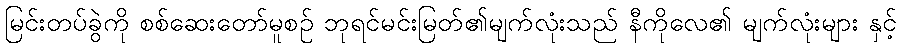
မြင်းတပ်ခွဲကို စစ်ဆေးတော်မူစဉ် ဘုရင်မင်းမြတ်၏မျက်လုံးသည် နီကိုလေ၏ မျက်လုံးများ နှင့်